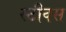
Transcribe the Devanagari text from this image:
स्टीक्स